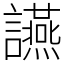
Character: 讌